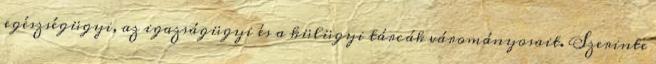
egészségügyi, az igazságügyi és a külügyi tárcák várományosait. Szerinte